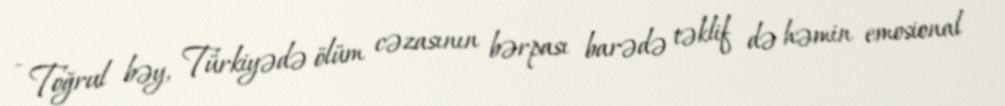
- Toğrul bəy, Türkiyədə ölüm cəzasının bərpası barədə təklif də həmin emosional